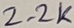
Text: 2.2K